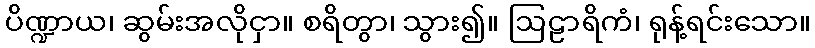
ပိဏ္ဍာယ၊ ဆွမ်းအလိုငှာ။ စရိတွာ၊ သွား၍။ ဩဠာရိကံ၊ ရုန့်ရင်းသော။